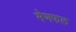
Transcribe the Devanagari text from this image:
मेणफल